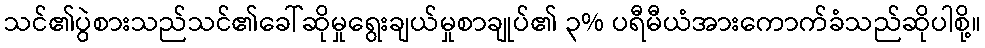
သင်၏ပွဲစားသည်သင်၏ခေါ်ဆိုမှုရွေးချယ်မှုစာချုပ်၏ ၃% ပရီမီယံအားကောက်ခံသည်ဆိုပါစို့။